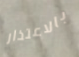
بالاعتذار